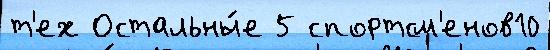
т'ех Остальны́е 5 спортсм'енов10